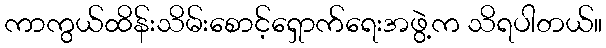
ကာကွယ်ထိန်းသိမ်းစောင့်ရှောက်ရေးအဖွဲ့က သိရပါတယ်။